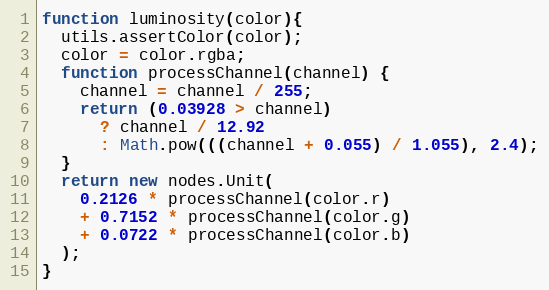
Language: JavaScript
function luminosity(color){
  utils.assertColor(color);
  color = color.rgba;
  function processChannel(channel) {
    channel = channel / 255;
    return (0.03928 > channel)
      ? channel / 12.92
      : Math.pow(((channel + 0.055) / 1.055), 2.4);
  }
  return new nodes.Unit(
    0.2126 * processChannel(color.r)
    + 0.7152 * processChannel(color.g)
    + 0.0722 * processChannel(color.b)
  );
}